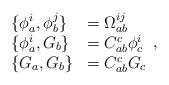
LaTeX: \begin{align*}\begin{array}{ll}\{\phi _{a}^{i},\phi _{b}^{j}\} & =\Omega _{ab}^{ij} \\ \{\phi _{a}^{i},G_{b}\} & =C_{ab}^{c}\phi _{c}^{i} \\ \{G_{a},G_{b}\} & =C_{ab}^{c}G_{c}\end{array},\end{align*}